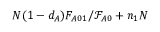
N ( 1 - d _ { A } ) F _ { A 0 1 } / \mathcal { F } _ { A 0 } + n _ { 1 } N